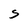
Character: S